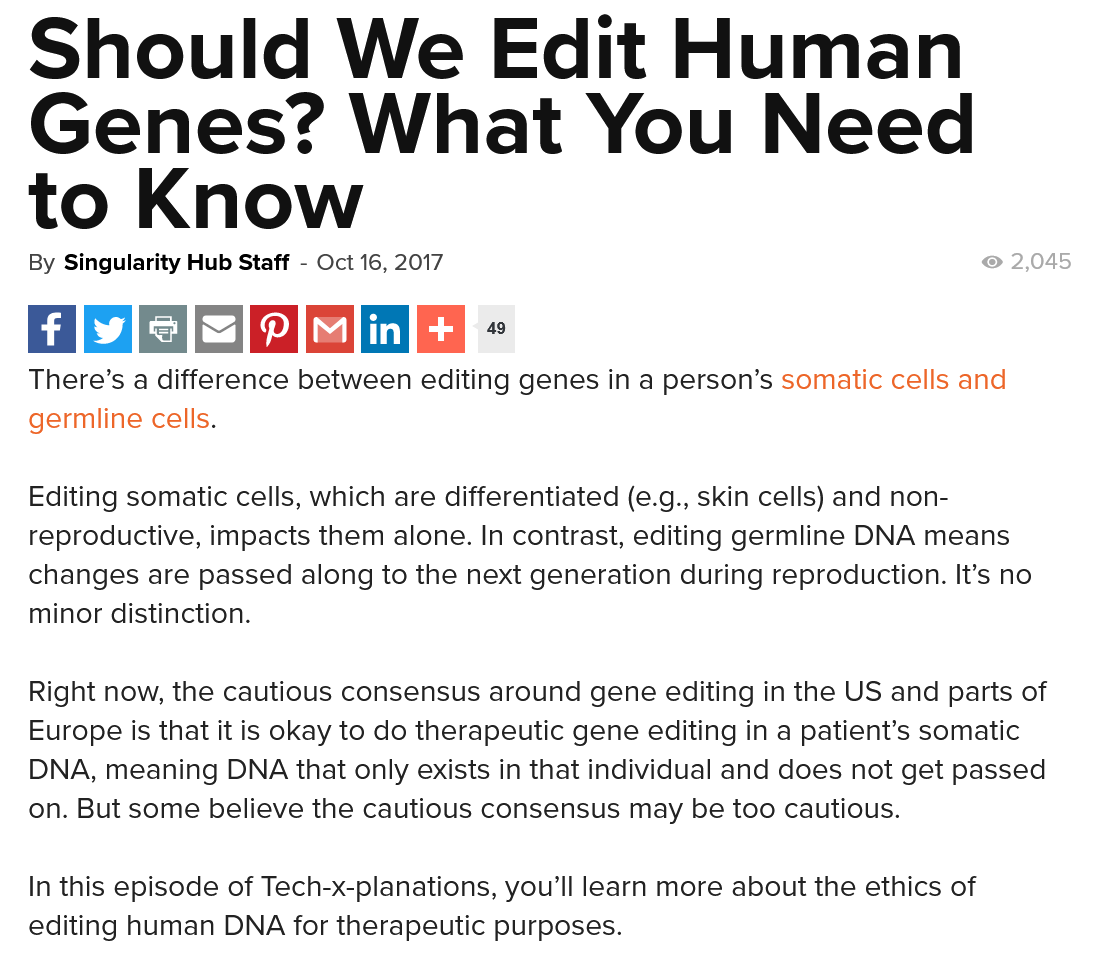
Should    We    Edit    Human
   Genes?    What    You    Need
  to    Know
  By Singularity Hub Staff
     -
     Oct 16, 2017
  There's a difference between editing genes in a person’s somatic cells and
  germline cells.
  Editing somatic cells, which are differentiated (e.g., skin cells) and non-
  reproductive, impacts them alone. In contrast, editing germline DNA means
  changes are passed along to the next generation during reproduction. It’s no
  minor distinction.
  Right now, the cautious consensus around gene editing in the US and parts of
  Europe is that it is okay to do therapeutic gene editing in a patient’s somatic
  DNA,  meaning DNA that only exists in that individual and does not get passed
  on. But some believe the cautious consensus may be too cautious.
  In this episode of Tech-x-planations, you’ll learn more about the ethics of
  editing human DNA for therapeutic purposes.